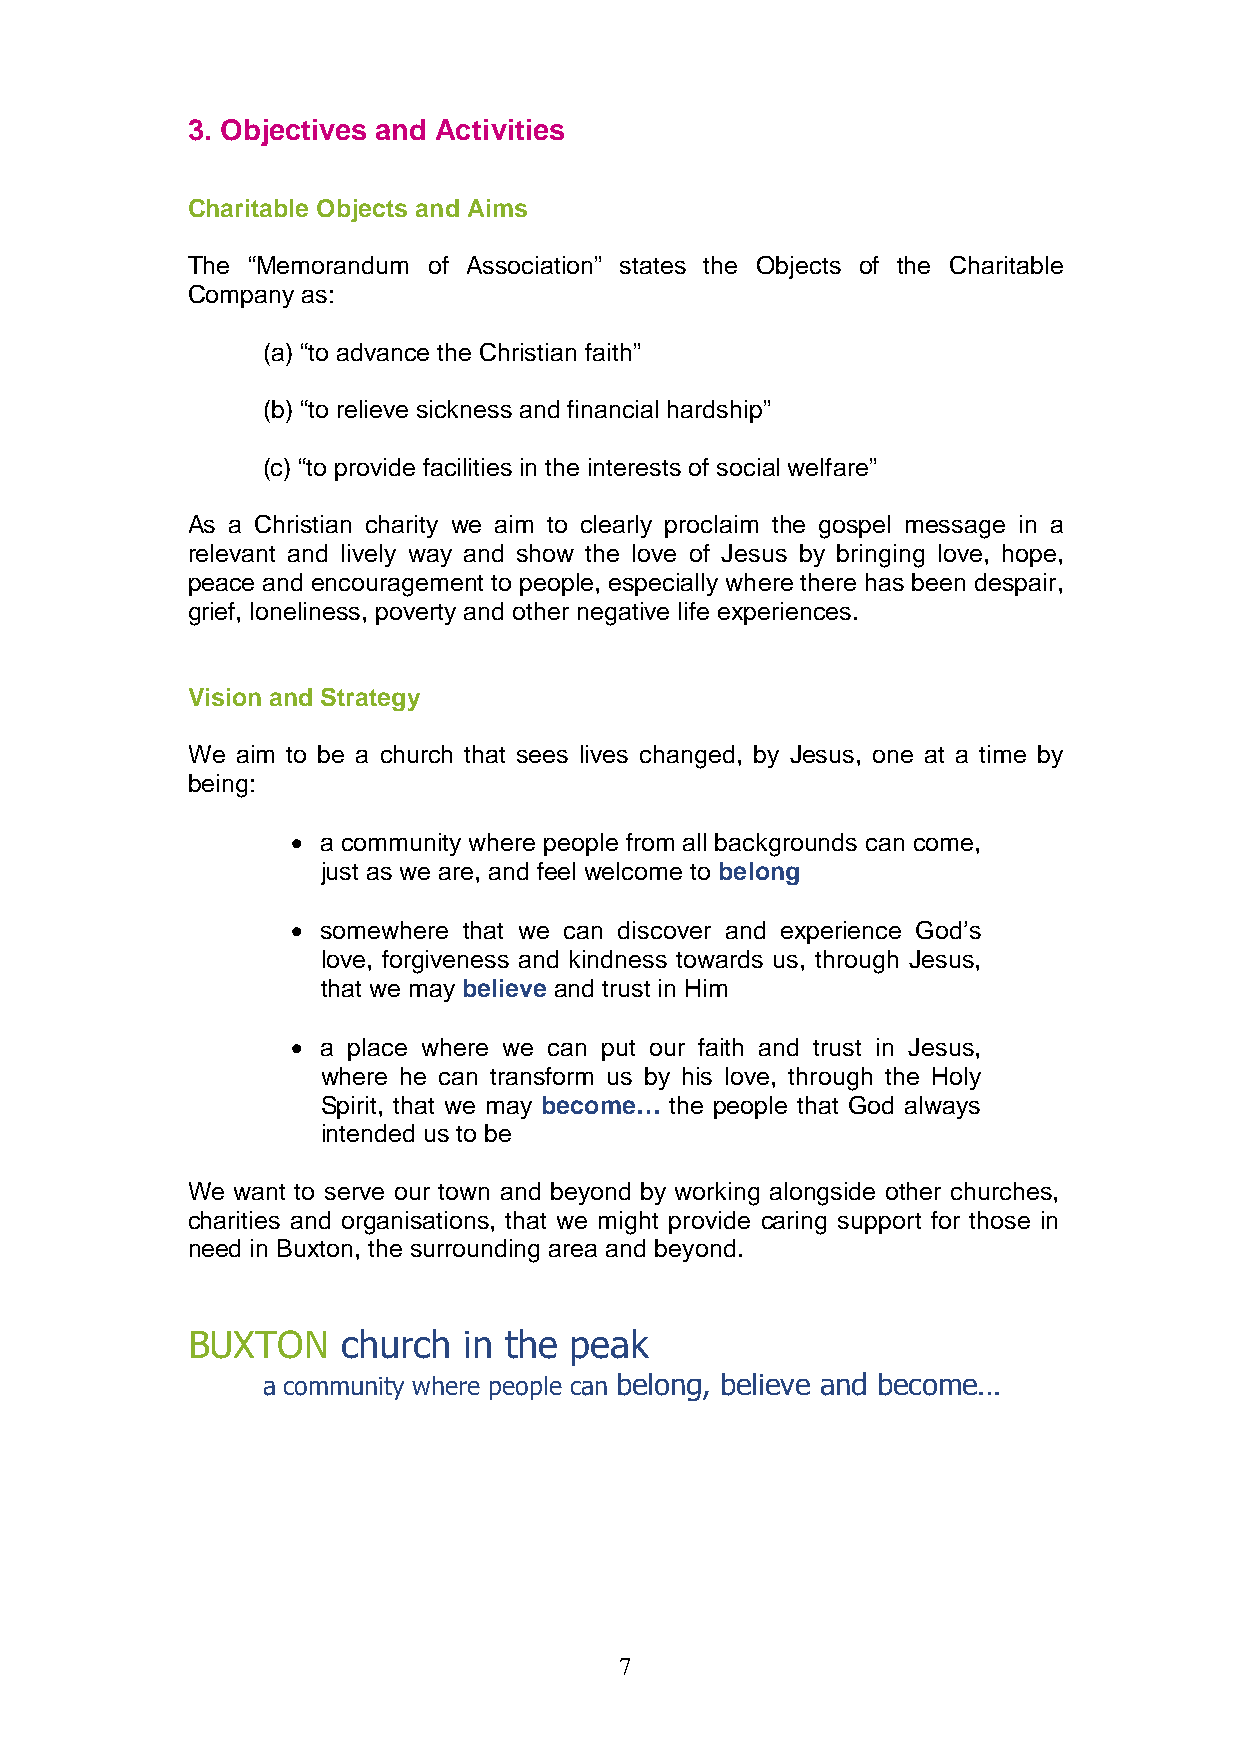
3. Objectives and Activities
 Charitable Objects and Aims
 The “Memorandum of Association” states the Objects of the Charitable
 Company as:
 (a) “to advance the Christian faith”
 (b) “to relieve sickness and financial hardship”
 (c) “to provide facilities in the interests of social welfare”
 As a Christian charity we aim to clearly proclaim the gospel message in a
 relevant and lively way and show the love of Jesus by bringing love, hope,
 peace and encouragement to people, especially where there has been despair,
 grief, loneliness, poverty and other negative life experiences.
 Vision and Strategy
 We  aim to be a church that sees lives changed, by Jesus, one at a time by
 being:
 • a community where people from all backgrounds can come,
 just as we are, and feel welcome to belong
 • somewhere that we can discover and experience God’s
 love, forgiveness and kindness towards us, through Jesus,
 that we may believe and trust in Him
 • a place where we can put our faith and trust in Jesus,
 where he can transform us by his love, through the Holy
 Spirit, that we may become… the people that God always
 intended us to be
 We want to serve our town and beyond by working alongside other churches,
 charities and organisations, that we might provide caring support for those in
 need in Buxton, the surrounding area and beyond.
 BUXTON     church  in the peak
 a community where people can belong, believe and become…
 7